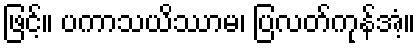
ဖြင့်။ ပကာသယိဿာမ၊ ပြလတ်ကုန်အံ့။